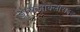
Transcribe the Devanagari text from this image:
डायज़ोक्लोराइड